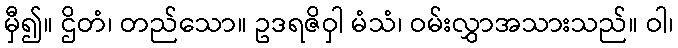
မှီ၍။ ဌိတံ၊ တည်သော။ ဥဒရဇိဝှါ မံသံ၊ ဝမ်းလွှာအသားသည်။ ဝါ၊